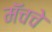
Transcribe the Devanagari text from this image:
मॅचचे